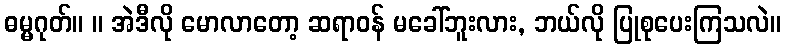
ဓမ္မဂုတ်။ ။ အဲဒီလို မောလာတော့ ဆရာဝန် မခေါ်ဘူးလား, ဘယ်လို ပြုစုပေးကြသလဲ။